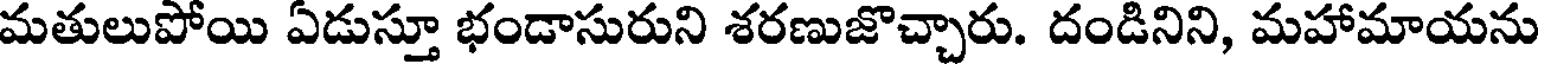
మతులుపోయి ఏడుస్తూ భండాసురుని శరణుజొచ్చారు. దండినిని, మహామాయను